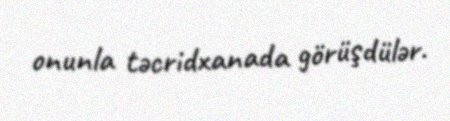
onunla təcridxanada görüşdülər.